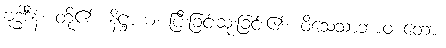
ဗုဒ္ဓါဒီနံ၊ တို့၏။ နိဋ္ဌာယ၊ ပြီးခြင်းဆုံးခြင်း၏။ ဝိသေသာဘာဝ တော၊